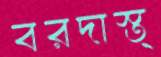
বরদাস্ত্